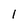
Character: l